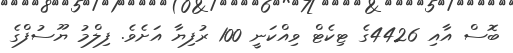
ބޮސް އާއި 4426ގެ ޓިކެޓް ވިއްކަނީ 100 ރުފިޔާ އަށެވެ. ފިލްމު ޔޫސުފްގެ